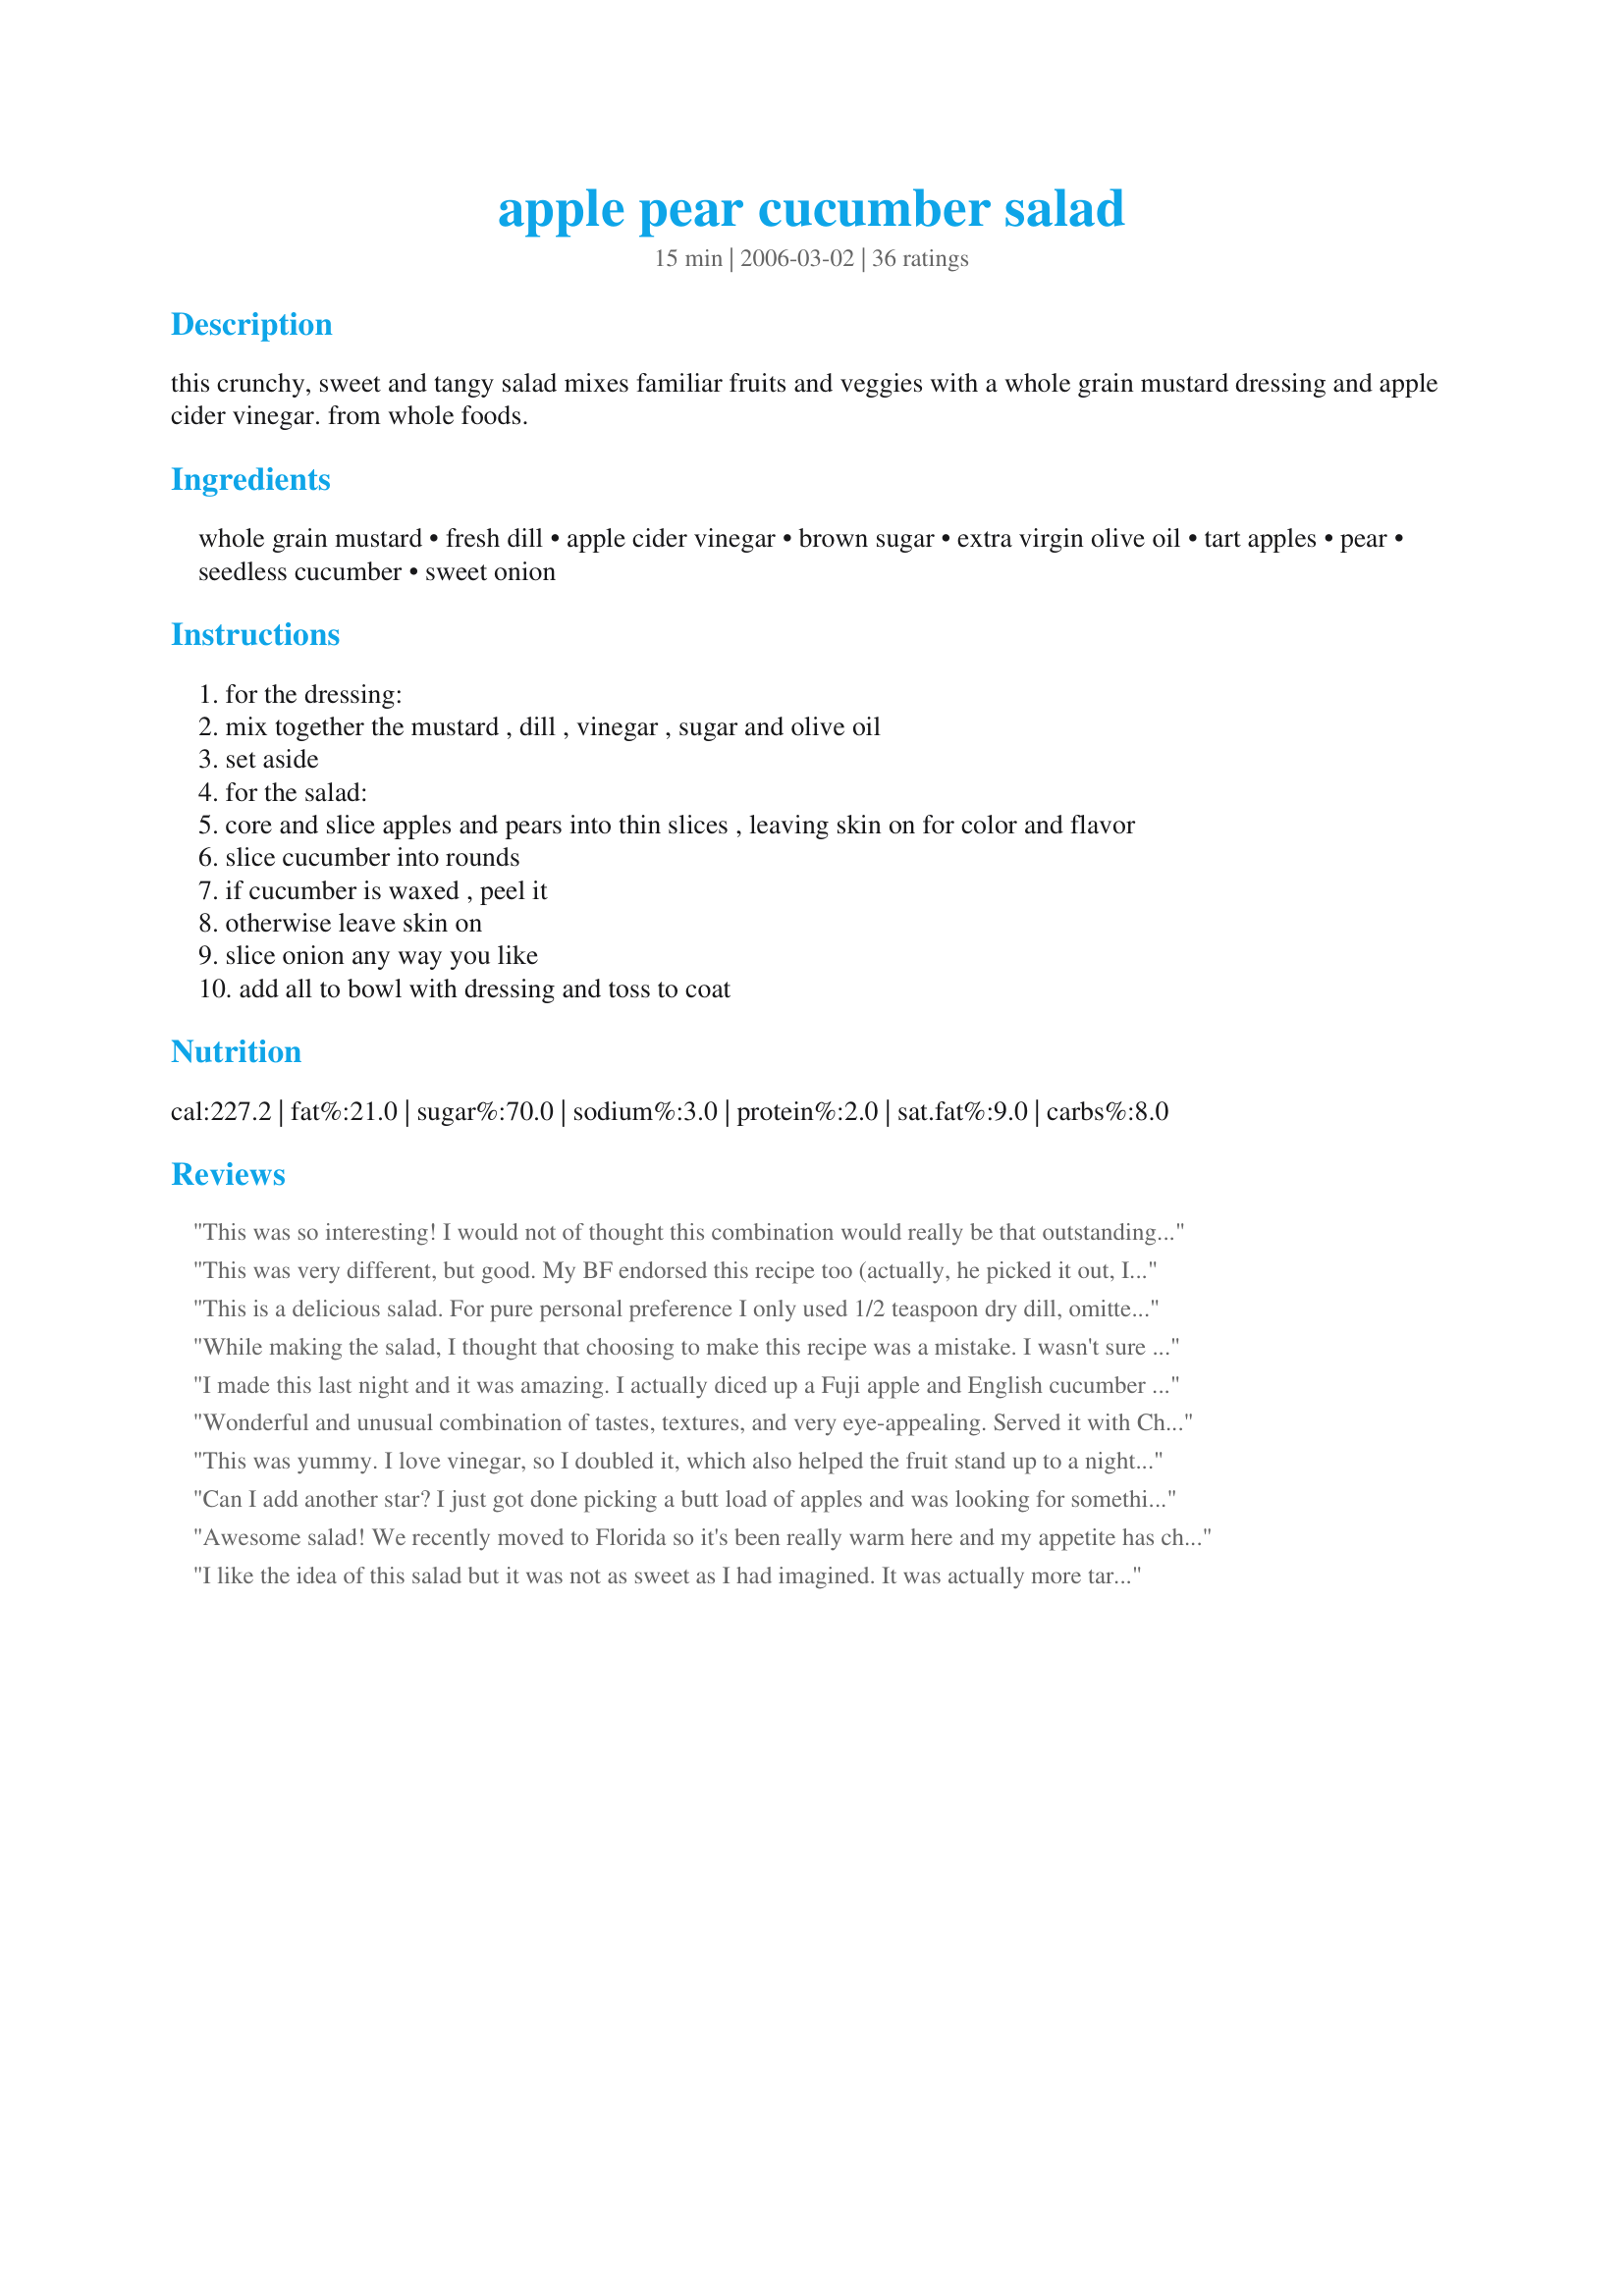
apple pear cucumber salad
Preparation time: 15 minutes

this crunchy, sweet and tangy salad mixes familiar fruits and veggies with a whole grain mustard dressing and apple cider vinegar. from whole foods.

Ingredients:
whole grain mustard, fresh dill, apple cider vinegar, brown sugar, extra virgin olive oil, tart apples, pear, seedless cucumber, sweet onion

Steps:
for the dressing:
mix together the mustard , dill , vinegar , sugar and olive oil
set aside
for the salad:
core and slice apples and pears into thin slices , leaving skin on for color and flavor
slice cucumber into rounds
if cucumber is waxed , peel it
otherwise leave skin on
slice onion any way you like
add all to bowl with dressing and toss to coat

Reviews:
This was so interesting! I would not of thought this combination would really be that outstanding, but it was an complimented my menu perfectly. I was serving a spicy main course, and this salad was not only refreshing, but cleansed the palate too. The whole mustard, dill, brown sugar made a delightful dressing, and I will serve this again.
This was very different, but good. My BF endorsed this recipe too (actually, he picked it out, I made it). I used a Bartlett pear and Gala apples. Made the dressing ahead of time with less than 1 tablespoon oil and just before serving I cut the pear and apples. My only problem with this recipe is that I had leftovers and it didn't hold up very well overnight. Apples turned brown, pear a bit mushy. I still ate it though:D Loved the mustard and fresh dill. Thanks Chef Kate!
This is a delicious salad. For pure personal preference I only used 1/2 teaspoon dry dill, omitted the onion, but doubled the brown sugar. Making it this way it is a touch sweeter and next time I will add some seedless red globe grapes. Toasted sunfower seeds would go great too. Thanks so much for sharing Chef Kate.
While making the salad, I thought that choosing to make this recipe was a mistake. I wasn't sure that the ingredients were going to come together. But it came together great and tasted pretty good!
I made this last night and it was amazing. I actually diced up a Fuji apple and English cucumber about 1/4 inch in thinkness. The few things I did different was used avocado oil instead of the evoo. I omitted the brown sugar as well. The apple was sweet enough that I didn't need it. I also substituted the vinegar for 1/2 lemon. Will definitely keep this in the weekly rotation.
Wonderful and unusual combination of tastes, textures, and very eye-appealing. Served it with Chicken with Rosemary Sauce #43266 and they complimented each other very nicely. A keeper!
This was yummy. I love vinegar, so I doubled it, which also helped the fruit stand up to a night in the fridge. I also used a vidalia onion which was quite tasty. The fresh dill was also a nice surprise and went well with the apples.
Can I add another star? I just got done picking a butt load of apples and was looking for something to do with them. Found this recipe and thought why not; i need a salad for tonight. I'm so glad I did. This is amazing. I used empire apples instead of a tart apple and omitted the brown sugar. This is now in my top 5 if not 3 of salads.
Awesome salad! We recently moved to Florida so it's been really warm here and my appetite has changed. I wanted something cold and easy to make. I cannot get enough of this stuff, it's delicious!!
I like the idea of this salad but it was not as sweet as I had imagined. It was actually more tart. I will make it again but add more of some kind of sweetener. Three of my 10 guests raved about it. I imagine there is some variation in sweetness depending on how sweet the fruit is.
This was a lovely and different salad! The only change I made was, I left out the dill (I don't like dill) and I used a Comiche pear. Love it!
After seeing Derf's photos I had to try this salad. It is definitely different, but so well done. Everything just "works" well together. My changes were to use a purple onion and to add cracked black pepper. After draining I used the leftovers to top a spinach salad the next day. This recipe goes into my keeper file. Thanks Kate!
Wow this was great! My husband loved the twist on traditional salad for dinner. Thank you for this recipe, I can't wait to make it at summer potlucks!
Great salad - all about crispy/sweet in this one. The dressing was delicious and nicely complemented the fruit and veggies.
I made this with jicama in place of the apple and I also cut out the sugar. Wonderful.
WOW!!! Who would have thought cucumbers would go so well with apples and pears. I too was very skeptical about the dressing, with mustard and vinegar going with the fruit. Worry no more! This was fantastic! All my family asked for seconds and really loved it. Thank you for posting.
I am sure some people would really like this but we were not one of them. It's pretty tart and it just got stronger in the fridge. I used granny smith's and maybe thats where I went wrong but it said "tart apples" and thats what I had. Otherwise followed exactly. Also, it makes a lot so if you are testing maybe at least half it. It was fun to try tho Chef Kate.
My guests all loved this and so did I! I didn't make any substitutions - perfect!
I haven&#039;t made this yet... but have an idea for the folks that are not finding it sweet enough... The salad ingredients sound very appealing to me.... One of my go-to &quot;secret ingredients&quot; these days is honey mustard salad dressing... in a bottle. I think that, enhanced with a little fresh dill.. might do the trick for a quick dressing for what sounds like an amazing salad...
Really good, though I think I will omit the cucumber and sub with a different veggie next time I make it, I found the cucumber taste overpowered the fruit slightly, just personal preference, otherwise we enjoyed it! thanks Kate!...Kitten:)
Very different. We love cucumbers, but never thought to add apples and pears. My husband really liked the dressing, which complimented the ingredients very nicely. No changes were made. Delicious. :)
I had an abundance of apples falling off my trees, so I had been searching for apple recipes. This is a pretty good salad but definitely not for everyone. Apples, pears, cucumbers and onions are an interesting combination.
To be honest, I was not sure about this recipe but I could see how these ingredients would work well together. I made this as a refreshing side salad for 20 members of our company. Big hit!
I have already added this to my cookbook. Thank you.
Wonderful! Will make again!
Omg I have to say when I had finnished this I wasn't sure, I am used to making a dessert for girls night but was asked to go healthy so I tried it and I have made it 3 times since in the past 4 days this is so good. I used apple cider vinegar and I left out the onions because I don't like them I also added red grapes that were suggested in a review and it was such a hit yum. Thank you for showing us good food can taste good too.
Thanks, Kate, for a wonderful tasting salad. Didn't have a seedless cucumber, so used a regular cuke but seeded. Also, doubled amount of vinegar. This turned out great. Will have again as a winter salad.
I made this for Friday supper. I was alone so adjusted the measurements. I loved this salad. It was so delicious. &lt;br/&gt;Because I had all the ingredients on hand I could follow the recipe exactly. It filled me up. It was crunchy and with the blend of dilll (had to use the dried) and everything else, I&#039;m going to make this for Thanksgiving.
The dressing is a marvelous combination of flavors that complement the fruit and vegetables in this dish!! I didn't have apples, so I subbed strawberries. My partner looked at this dish and I laughed and said, "What are you doing"? He replied, "Trying to figure out what's in here". My comment was, "So, what you're really trying to do is decide if you're going to put some on your plate". He admitted it, but he also went back for seconds!!
This was a delicious, different salad for our dinner with our grandaughter and her husband, a big hit!!I have to admit I was suprized at how well the dressing went with the veggies and fruit. A delightful change we will use often; thanks for posting Chef Kate!!
This is a great, really refreshing salad! Very easy to make, the ingredients are easy to find.

I did as another reviewer suggested and used 2 TBSP of the oil and 2 TBSP of water. 

I think if my pears had been a bit better and if I was a bigger mustard fan I would have rated this 5 stars. I served it at a Pot Luck and it was a big hit!
I made this salad for 12 women that had come over to play Bunko. All of my guests asked for the recipe! This salad has a wonderful, unique flavor that makes everyone want another serving! 
I found it isn't great the following day, as everything has a strong onion flavor. I used apple cider vinegar, and look forward to trying balsamic vinegar next time. Thank you!
4 1/2 stars! I made a couple of modifications based on what I had (OK a lot). Substituted rice wine vinegar for the cider, and substituted Dijon for whole grain mustard, and used honey for the brown sugar. I also used only pears and pineapple. This may have changed the whole flavor of the dish but I really liked how the light acidity, complemented the sweetness of the fruit and how the mustard emulsified the oil for the dressing, and the dill added that unexpected flair of flavor. Delicious!
Very interesting and tasty salad. Funny that you can natuarally see almost any 2 or 3 ingredients together -- but would not think to put all of them together. Surprisingly, I loved the apples pears and mustard together. The cucumbers, while adding crunch and color did not add nearly as much flavor.I used one Mutsu apple (pale green) and one Fuji apple (red) along with a Bosc. I did chill for about 30minutes and don't think additional time was needed often the case in these kinds of salads. The flavors came together rather quickly. And yes, replaced half the oil with water to make this lower in fat.
Should point out that I am going with the new rating guides in Beta which are probably a bit more narrow than my old system. Months ago, this would have been 5 star.
Thanks Chef Kate!
This has been a HUGE hit this summer since I made this the first time. It's fresh and tangy and everyone loved it. Now whenever we go to a BBQ, it's requested!
With a load of fresh organic apples and pears from a local orchard, this salad was just what I needed when a good friend also brought me some gigantic homegrown cucumbers. Lovely late summer deliciousness. I used dijon mustard and dried dill because that is what I had. I will certainly make this again!
Lacked a little something, I added a bit more brown sugar dash of salt.
